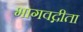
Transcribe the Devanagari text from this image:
भागवद्गीता